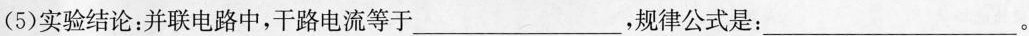
(5)实验结论：并联电路中，干路电流等于___，规律公式是：___。